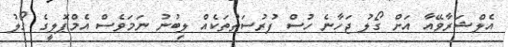
އެލްޝަރާވޭއާ އަށް ގޯލު ޖަހާނެ ހުސް ފުރުސަތުތަކެއް ލިބުނު ނަމަވެސް އެމްޕޮލީގެ ގޯލު